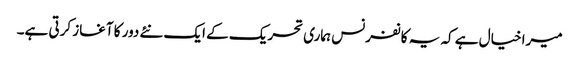
میرا خیال ہے کہ یہ کانفرنس ہماری تحریک کے ایک نئے دور کا آغاز کرتی ہے۔